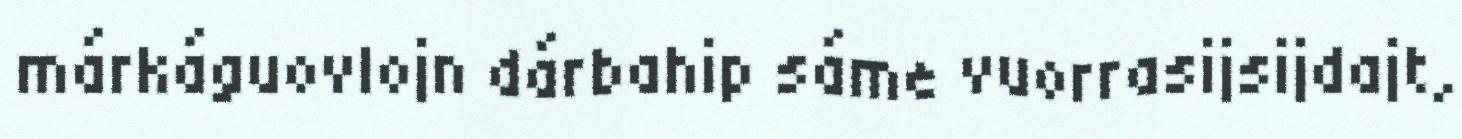
márkáguovlojn dárbahip sáme vuorrasijsijdajt,